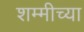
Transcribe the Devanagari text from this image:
शम्मीच्या